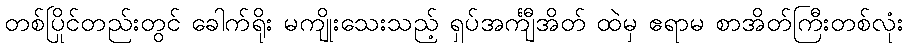
တစ်ပြိုင်တည်းတွင် ခေါက်ရိုး မကျိုးသေးသည့် ရှပ်အင်္ကျီအိတ် ထဲမှ ဧရာမ စာအိတ်ကြီးတစ်လုံး